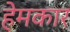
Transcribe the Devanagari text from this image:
हेमकार